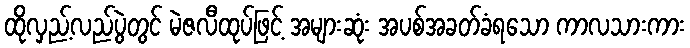
ထိုလှည့်လည်ပွဲတွင် မဲဇလီထုပ်ဖြင့် အများဆုံး အပစ်အခတ်ခံရသော ကာလသားကား